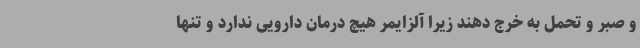
و صبر و تحمل به خرج دهند زیرا آلزایمر هیچ درمان دارویی ندارد و تنها